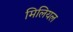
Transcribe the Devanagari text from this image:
मिलियल